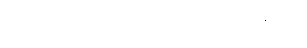
ကျွန်တော် အပြင်က ပြန်လာပါပြီ၊ ဆရာ။